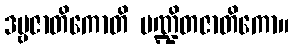
ဒဗ္ဗဇာတိကောတိ ပဏ္ဍိတဇာတိကော။